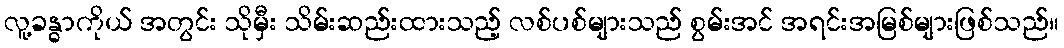
လူ့ခန္ဓာကိုယ် အတွင်း သိုမှီး သိမ်းဆည်းထားသည့် လစ်ပစ်များသည် စွမ်းအင် အရင်းအမြစ်များဖြစ်သည်။